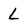
Character: L